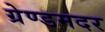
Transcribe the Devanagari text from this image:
ग्रेण्डमदर